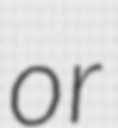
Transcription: or